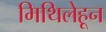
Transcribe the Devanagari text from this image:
मिथिलेहून